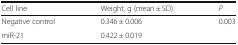
| Cell line | Weight, g (mean ± SD) | P |
 | --- | --- | --- |
 | Negative control | 0.346 ± 0.006 | <ROWSPAN=2> 0.003 |
 | miR-21 | 0.422 ± 0.019 |